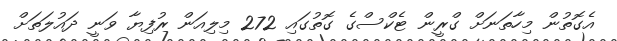
އެގޮތުން މިހާތަނަށް ގްރީން ޓެކްސްގެ ގޮތުގައި 272 މިލިއަން ރުފިޔާ ވަނީ ދައުލަތަށް